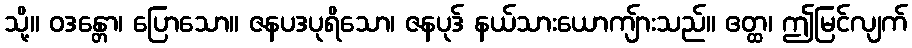
သို့။ ဝဒန္တော၊ ပြောသော။ ဇနပဒပုရိသော၊ ဇနပုဒ် နယ်သားယောကျ်ားသည်။ ဧတ္ထ၊ ဤမြင်လျက်